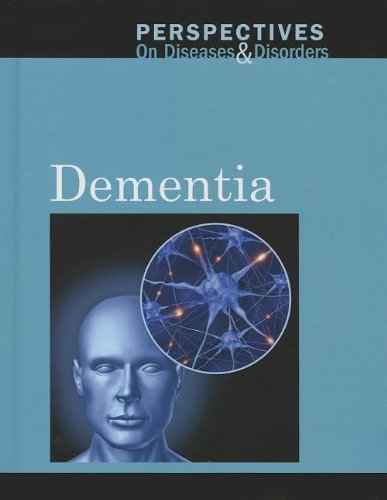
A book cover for Dementia (Perspectives on Diseases and Disorders); Sylvia Engdahl; Teen & Young Adult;